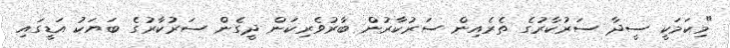
"މިކަމަކީ ސީދާ ސަރުކާރުގެ ތެރެއިން ސަރުކާރުން ބާރުވެރިކަން ދީގެން ސަރުކާރުގެ ބަޔަކު އަޑީގައި